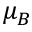
\mu _ { B }